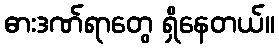
ဓားဒဏ်ရာတွေ ရှိနေတယ်။